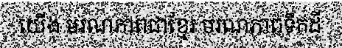
យើង មរណភាពជាខ្មែរ មរណភាពទឹកដី